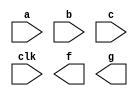
`timescale 1ns / 1ps
//////////////////////////////////////////////////////////////////////////////////
// Company: 
// Engineer: 
// 
// Design Name: 
// Module Name: coding_guidelines
// Project Name: 
// Target Devices: 
// Tool Versions: 
// Description: 
// 
// Dependencies: 
// 
// Revision:
// Revision 0.01 - File Created
// Additional Comments:
// 
//////////////////////////////////////////////////////////////////////////////////


module coding_guidelines(
    input a, b, c,
    input clk,
    output reg f, g
    );
    // Style 1
    // Separate memory components (registers) into individual code segments 
//    reg f_reg, f_next, g_reg, g_next;
//    // Registers
//    always @(posedge clk)
//    begin
//        f_reg <= f_next;
//        g_reg <= g_next;
//    end
    
//    // Next state logic (combinational)
//    always @(a, b, c)
//    begin
//        f_next = a & (~g_reg);
//        g_next = b | c;
//    end
    
//    // Output Logic (combinational)
//    assign f = f_reg;
//    assign g = g_reg;
    
    //---------------------------------------------------------
    // Style 2
    // Combine all components into a single always statement
//    always @(posedge clk)
//    begin
//        f <= a & ~g;
//        g <= b | c;
//    end
    
    //---------------------------------------------------------
    // some problems with combining the parts
    
    // Extra registers
//    reg ag, bc;
//    always @(posedge clk)
//    begin
//        ag <= a & ~g;
//        f <= ag;
        
//        bc <= b | c;
//        g <= bc;
//    end
    
    // Fine but ordering matters
//    reg ag, bc;
//    always @(posedge clk)
//    begin
//        ag = a & ~g;
//        f <= ag;
        
//        bc = b | c;
//        g <= bc;
//    end
    
    // Switching the order gives the extra registers again
//    reg ag, bc;
//    always @(posedge clk)
//    begin
//        f <= ag;
//        ag = a & ~g;

//        g <= bc;        
//        bc = b | c;
//    end
endmodule